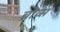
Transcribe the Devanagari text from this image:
ब्रोव्स